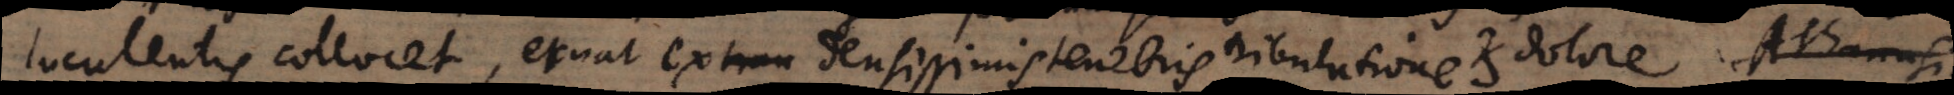
luculentis collocet, exuat ex densissimis tenebris tribulatione et dolore. Ut